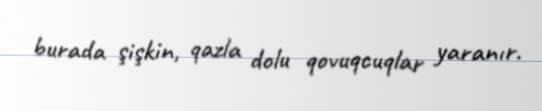
burada şişkin, qazla dolu qovuqcuqlar yaranır.